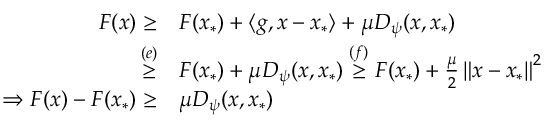
\begin{array} { r l } { F ( x ) \geq } & { F ( x _ { * } ) + \langle g , x - x _ { * } \rangle + \mu D _ { \psi } ( x , x _ { * } ) } \\ { \overset { ( e ) } { \geq } } & { F ( x _ { * } ) + \mu D _ { \psi } ( x , x _ { * } ) \overset { ( f ) } { \geq } F ( x _ { * } ) + \frac { \mu } { 2 } \left\Vert x - x _ { * } \right\Vert ^ { 2 } } \\ { \Rightarrow F ( x ) - F ( x _ { * } ) \geq } & { \mu D _ { \psi } ( x , x _ { * } ) } \end{array}